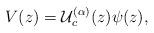
LaTeX: \begin{align*}V(z)=\mathcal{U}^{(\alpha)}_{c}(z)\psi (z),\end{align*}